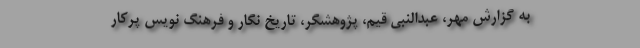
به گزارش مهر، عبدالنبی قیم، پژوهشگر، تاریخ نگار و فرهنگ نویس پرکار